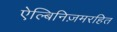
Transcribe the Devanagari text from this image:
ऐल्बिनिज़मरहित